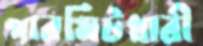
পারমিটধারী